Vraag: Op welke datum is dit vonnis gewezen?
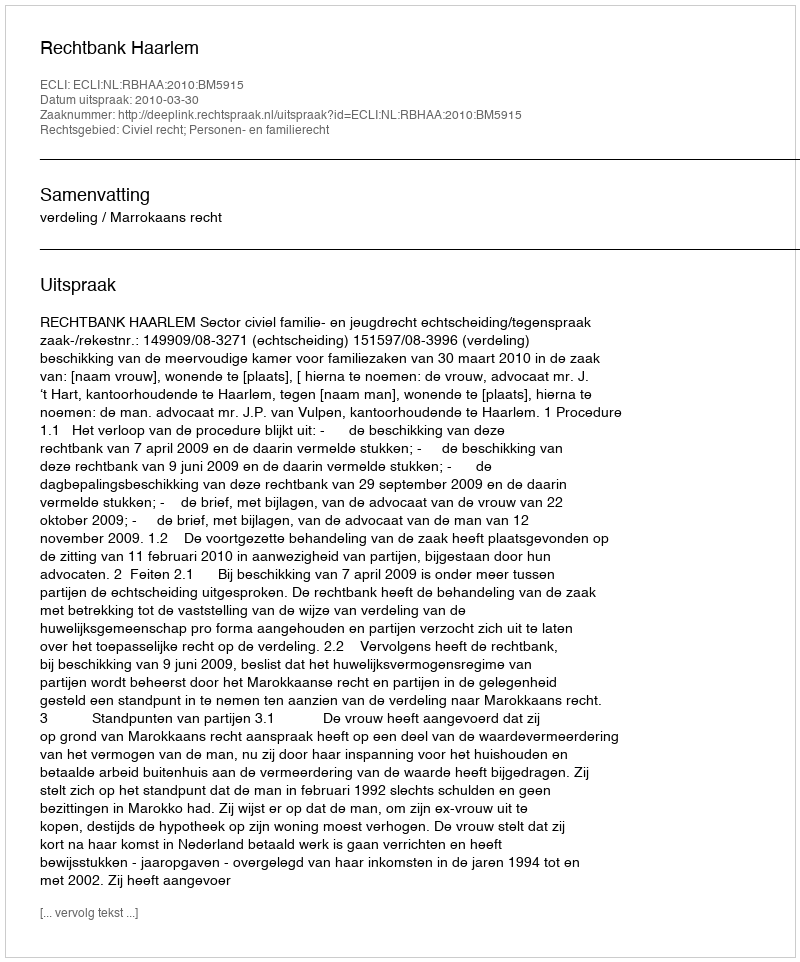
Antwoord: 2010-03-30